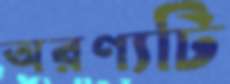
অরণ্যটি